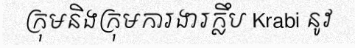
ក្រុមនិងក្រុមការងារក្លឹប Krabi នូវ